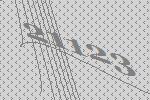
21123